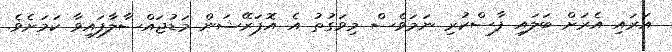
އަރައި އެރަށް ބަލައި ފާސްކުރި ނަމަވެސް މިވަގުތު އެ އޮޕަރޭޝަން މަޑުޖައްސާލާފައިވާ ކަމަށެވެ.